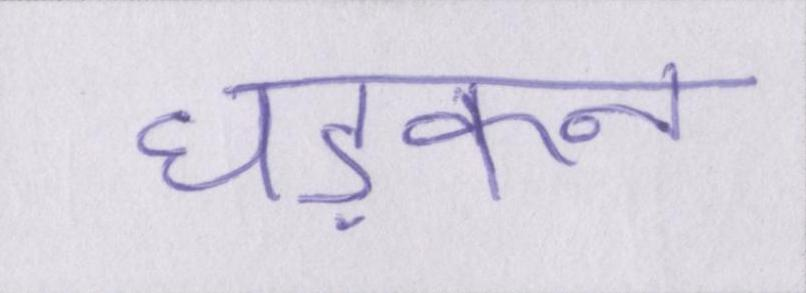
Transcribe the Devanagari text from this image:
धड़कन